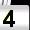
Digit: 4